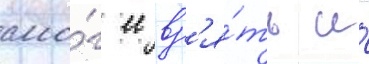
смо́г ее вз'я́ть и́